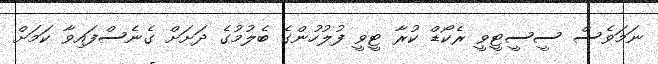
ނަމަވެސް ސީސީޓީވީ ރެކޯޑް ކުރާ ޓީވީ ފުލުހުންގެ ބެލުމުގެ ދަށަށް ގެނެސްފައިވާ ކަމަށް